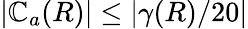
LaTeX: |\mathbb{C}_{a}(R)|\leq|\gamma(R)/20|